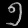
Digit: ၅